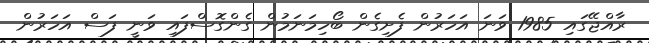
ރާއްޖޭގައި 1985 ވަނަ އަހަރުން ފެށިގެން ބޯހިމަނަމުން ގެންގޮސްފައި ވަނީ ފަސް އަހަރުން